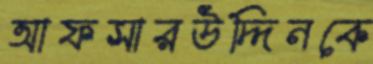
আফসারউদ্দিনকে